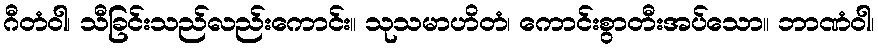
ဂီတံဝါ၊ သီခြင်းသည်လည်းကောင်း။ သုသမာဟိတံ၊ ကောင်းစွာတီးအပ်သော။ ဘာဏံဝါ၊